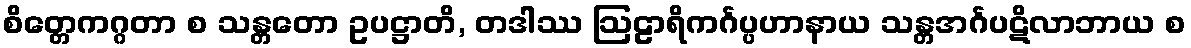
စိတ္တေကဂ္ဂတာ စ သန္တတော ဥပဋ္ဌာတိ, တဒါဿ ဩဠာရိကင်္ဂပ္ပဟာနာယ သန္တအင်္ဂပဋိလာဘာယ စ